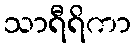
သာရီရိကာ